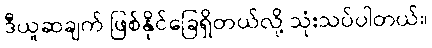
ဒီယူဆချက် ဖြစ်နိုင်ခြေရှိတယ်လို့ သုံးသပ်ပါတယ်။